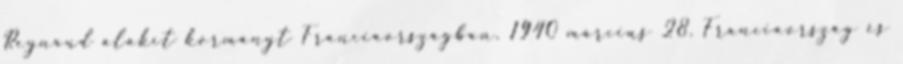
Reynaud alakít kormányt Franciaországban. 1940 március 28. Franciaország és